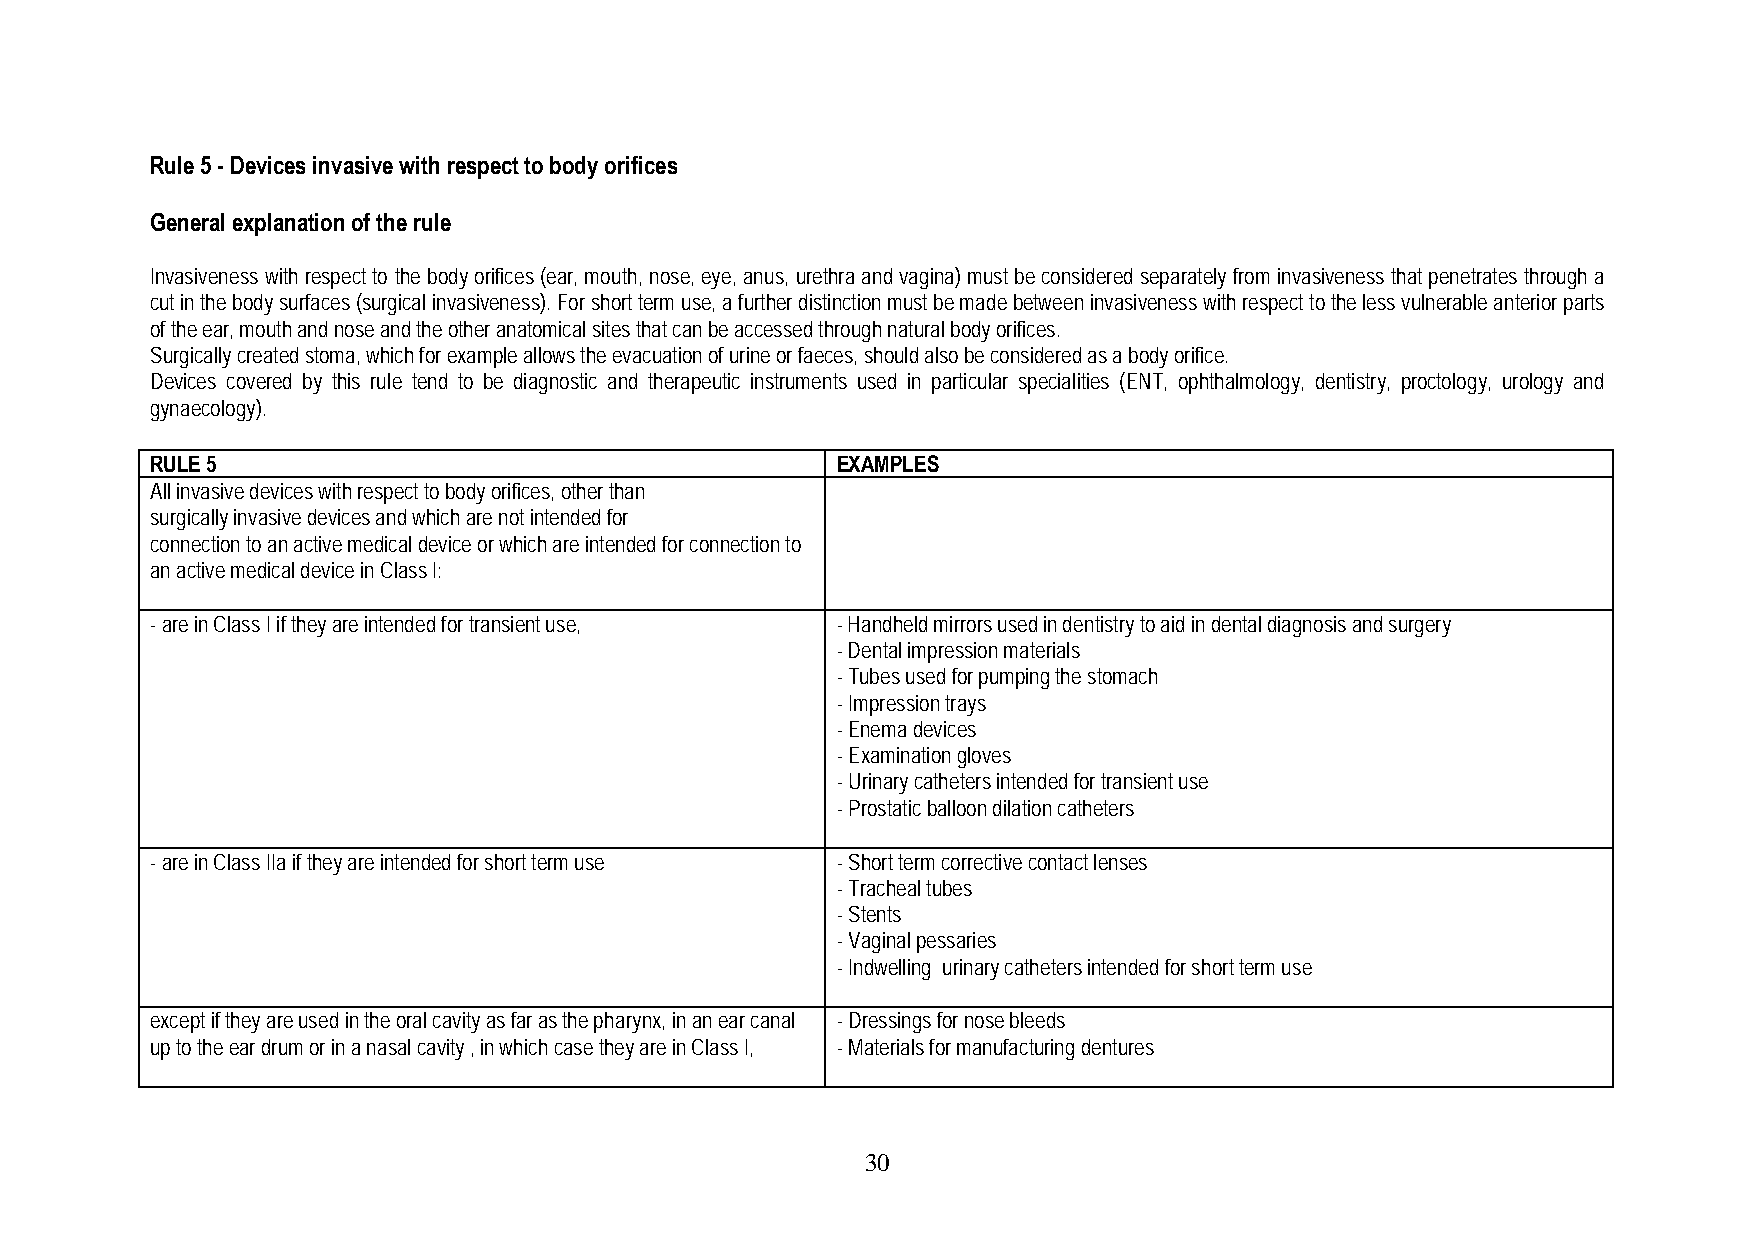
Rule 5 - Devices invasive with respect to body orifices
 General explanation of the rule
 Invasiveness with respect to the body orifices (ear, mouth, nose, eye, anus, urethra and vagina) must be considered separately from invasiveness that penetrates through a
 cut in the body surfaces (surgical invasiveness). For short term use, a further distinction must be made between invasiveness with respect to the less vulnerable anterior parts
 of the ear, mouth and nose and the other anatomical sites that can be accessed through natural body orifices.
 Surgically created stoma, which for example allows the evacuation of urine or faeces, should also be considered as a body orifice.
 Devices covered by this rule tend to be diagnostic and therapeutic instruments used in particular specialities (ENT, ophthalmology, dentistry, proctology, urology and
 gynaecology).
 RULE 5                                       EXAMPLES
 All invasive devices with respect to body orifices, other than
 surgically invasive devices and which are not intended for
 connection to an active medical device or which are intended for connection to
 an active medical device in Class I:
 - are in Class I if they are intended for transient use, - Handheld mirrors used in dentistry to aid in dental diagnosis and surgery
 - Dental impression materials
 - Tubes used for pumping the stomach
 - Impression trays
 - Enema devices
 - Examination gloves
 - Urinary catheters intended for transient use
 - Prostatic balloon dilation catheters
 - are in Class IIa if they are intended for short term use - Short term corrective contact lenses
 - Tracheal tubes
 - Stents
 - Vaginal pessaries
 - Indwelling urinary catheters intended for short term use
 except if they are used in the oral cavity as far as the pharynx, in an ear canal - Dressings for nose bleeds
 up to the ear drum or in a nasal cavity , in which case they are in Class I, - Materials for manufacturing dentures
 3 0